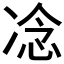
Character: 𪞤